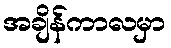
အချိန်ကာလမှာ